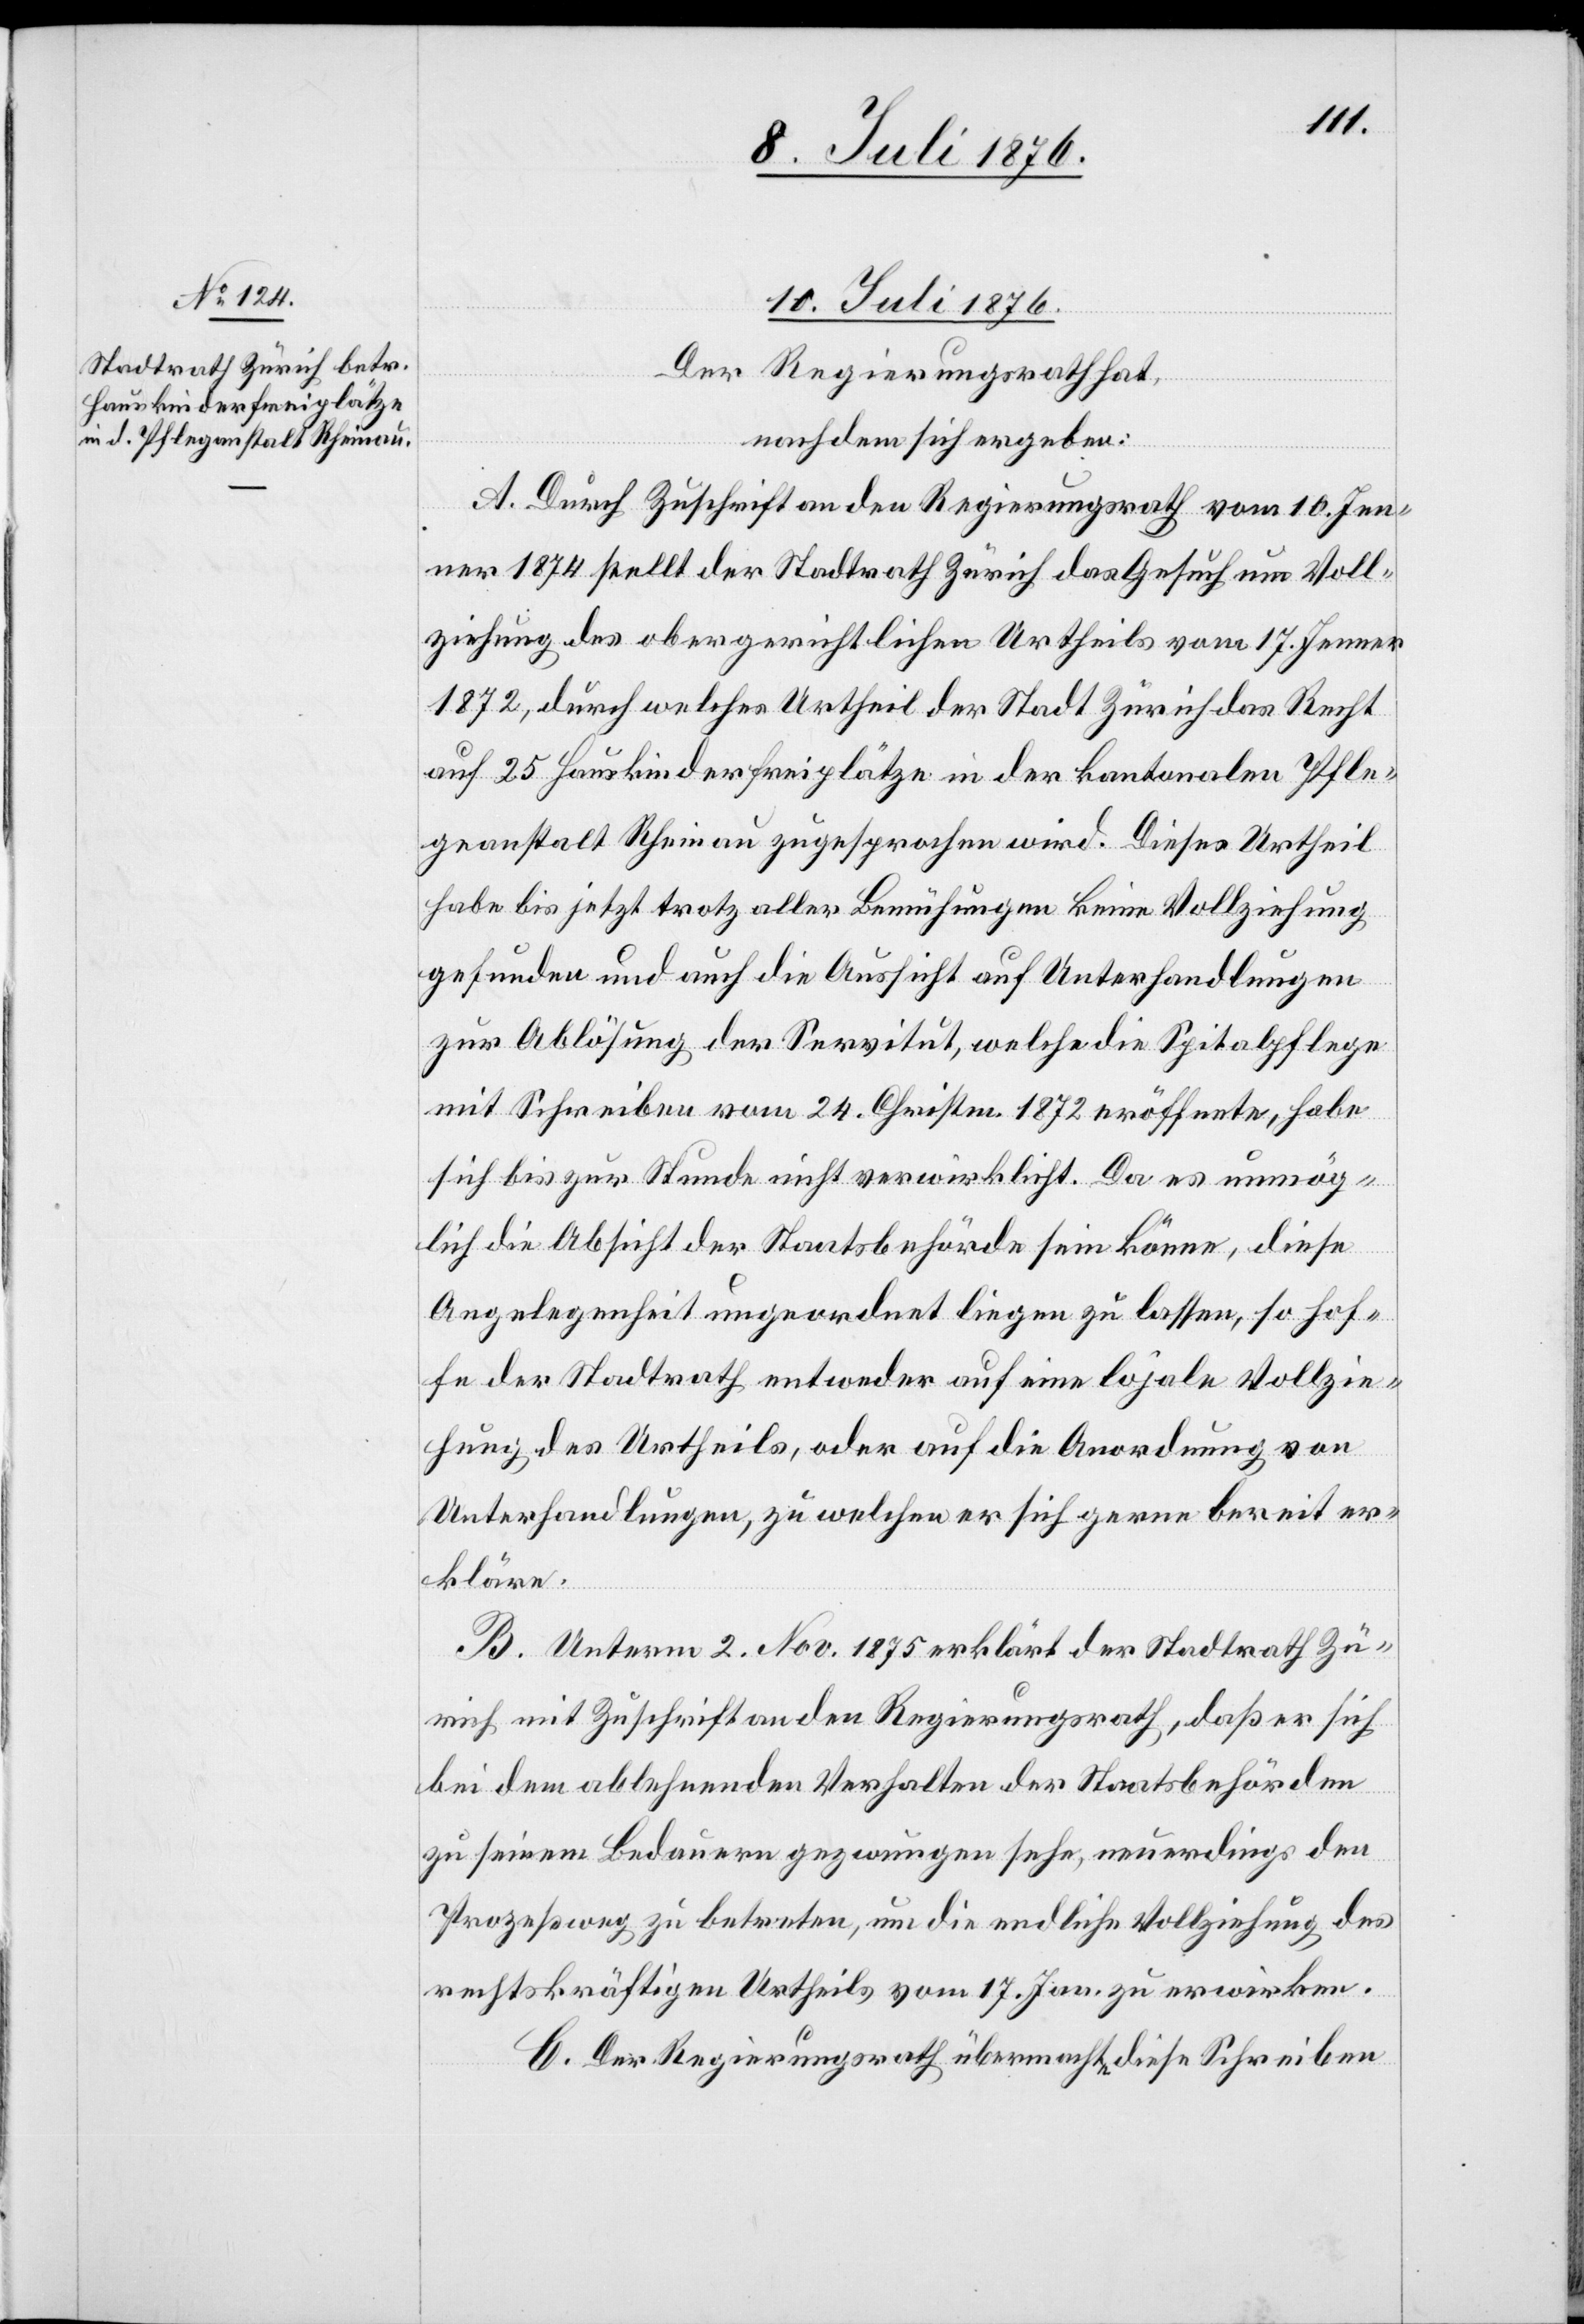
10. Juli 1876.
Der Regierungsrath hat,
nachdem sich ergeben:
A. Durch Zuschrift an den Regierungsrath vom 10. Jen¬
ner 1874 stellt der Stadtrath Zürich das Gesuch um Voll¬
ziehung des obergerichtlichen Urtheils vom 17. Jenner
1872, durch welches Urtheil der Stadt Zürich das Recht
auf 25 Hauskinderfreiplätze in der kantonalen Pfle¬
geanstalt Rheinau zugesprochen wird. Dieses Urtheil
habe bis jetzt trotz aller Bemühungen keine Vollziehung
gefunden und auch die Aussicht auf Unterhandlungen
zur Ablösung der Servitut, welche die Spitalpflege
mit Schreiben vom 24. Christm. 1872 eröffnete, habe
sich bis zur Stunde nicht verwirklicht. Da es unmög¬
lich die Absicht der Staatsbehörde sein könne, diese
Angelegenheit ungeordnet liegen zu lassen, so hof¬
fe der Stadtrath entweder auf eine lojale Vollzie¬
hung des Urtheils, oder auf die Anordnung von
Unterhandlungen, zu welchen er sich gerne bereit er¬
kläre.
B. Unterm 2. Nov. 1875 erklärt der Stadtrath Zü¬
rich mit Zuschrift an den Regierungsrath, daß er sich
bei dem ablehnenden Verhalten der Staatsbehörden
zu seinem Bedauern gezwungen sehe, neuerdings den
Prozeßweg zu betreten, um die endliche Vollziehung des
rechtskräftigen Urtheils vom 17. Jan. zu erwirken.
C. Der Regierungsrath übermacht diese Schreiben